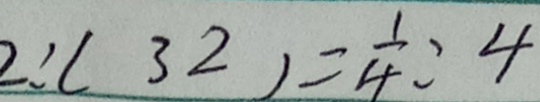
2 : ( 3 2 ) = \frac { 1 } { 4 } : 4